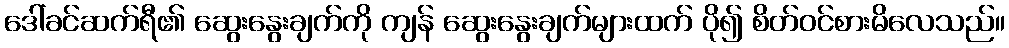
ဒေါ်ခင်ဆက်ရီ၏ ဆွေးနွေးချက်ကို ကျန် ဆွေးနွေးချက်များထက် ပို၍ စိတ်ဝင်စားမိလေသည်။